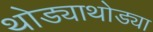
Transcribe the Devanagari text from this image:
थोड्याथोड्या